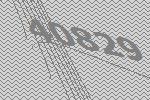
40829